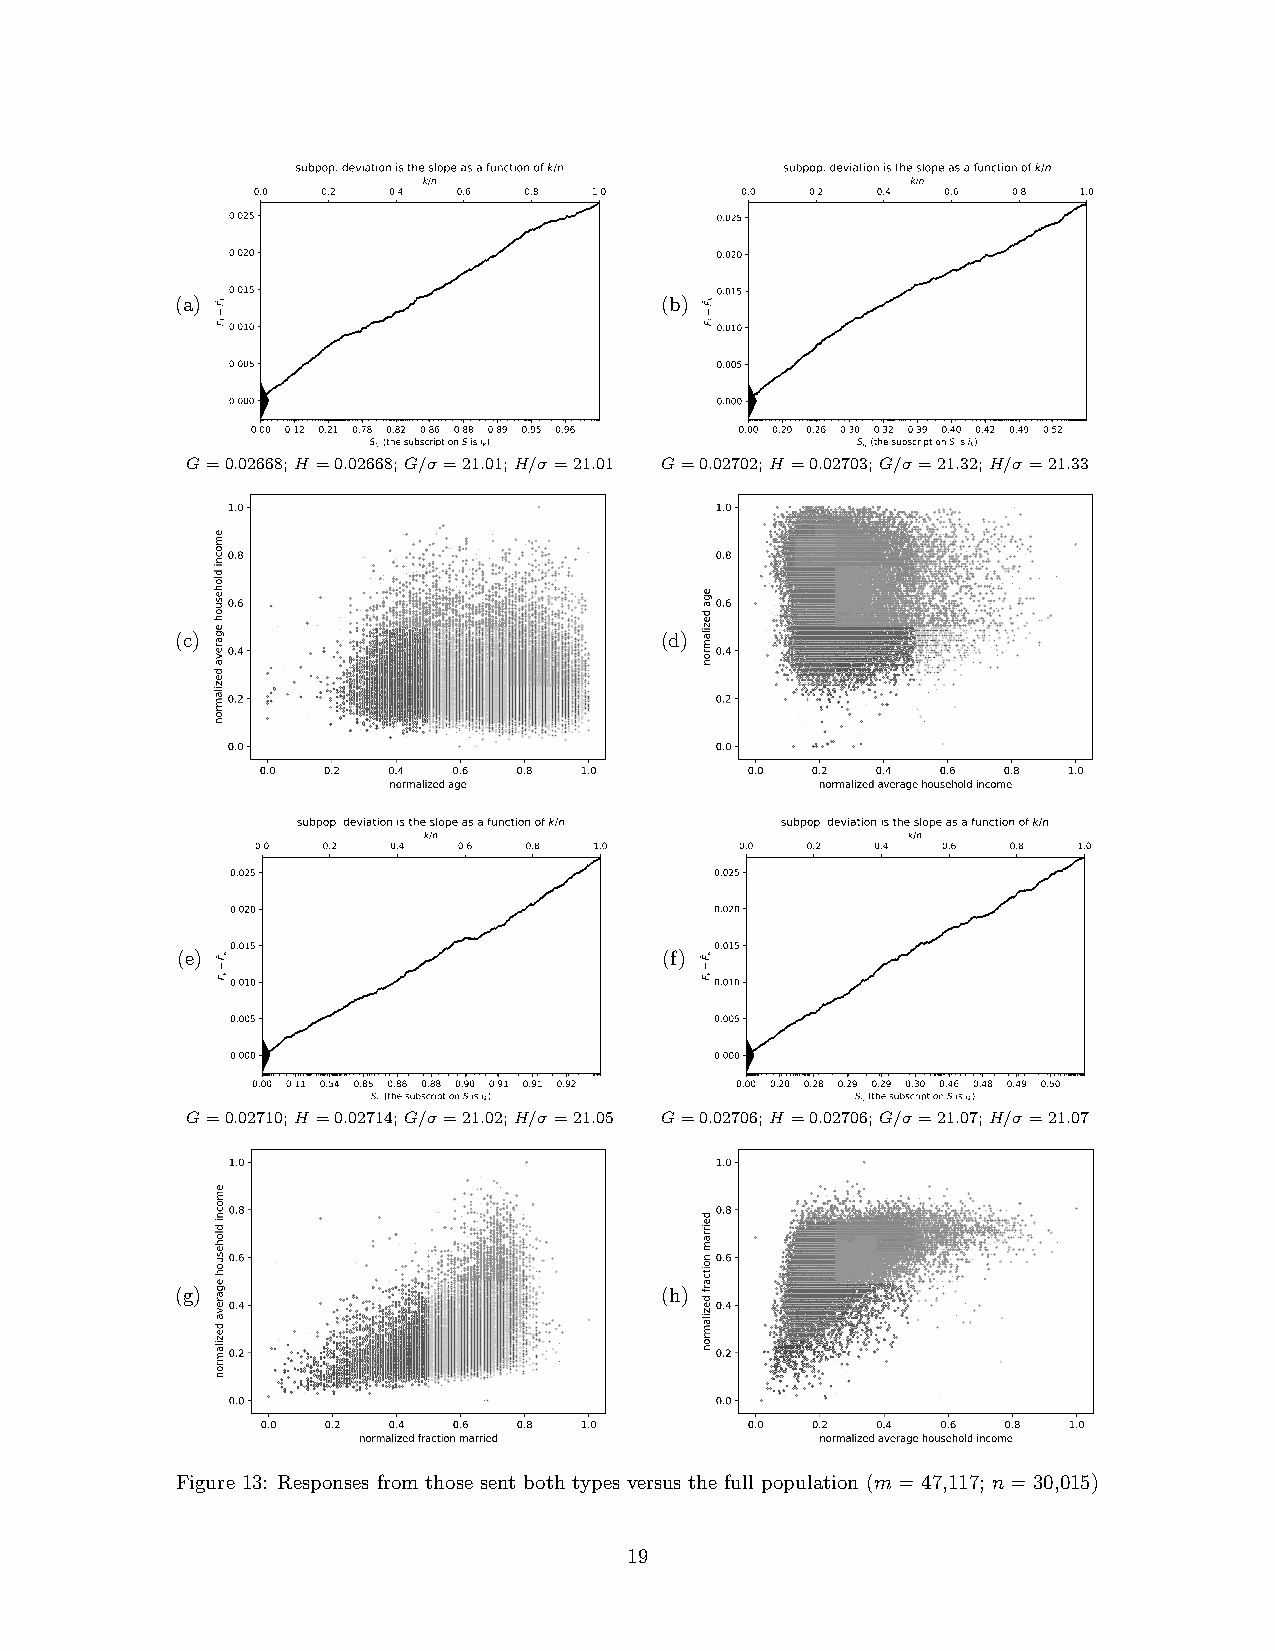
subpop. deviation is the slope as a function of k/n subpop. deviation is the slope as a function of k/n
 k/n                             k/n
 0.0 0.2  0.4 0.6  0.8 1.0       0.0  0.2 0.4  0.6 0.8 1.0
 0.025                           0.025
 0.020                           0.020
 (a) 0.015                       (b) 0.015
 0.010                           0.010
 0.005                           0.005
 0.000                           0.000
 0.00 0.12 0.21 0.78 0.82 0.86 0.88 0.89 0.95 0.96 0.00 0.20 0.26 0.30 0.32 0.39 0.40 0.42 0.49 0.52
 Sik (the subscript on S is ik)   Sik (the subscript on S is ik)
 G=0.02668;H =0.02668;G/σ =21.01;H/σ =21.01 G=0.02702;H =0.02703;G/σ =21.32;H/σ =21.33
 (c)                             (d)
 subpop. deviation is the slope as a function of k/n subpop. deviation is the slope as a function of k/n
 k/n                             k/n
 0.0 0.2  0.4 0.6  0.8 1.0       0.0 0.2  0.4 0.6  0.8 1.0
 0.025                           0.025
 0.020                           0.020
 (e) 0.015                       (f) 0.015
 0.010                           0.010
 0.005                           0.005
 0.000                           0.000
 0.00 0.11 0.54 0.85 0.88 0.88 0.90 0.91 0.91 0.92 0.00 0.20 0.28 0.29 0.29 0.30 0.46 0.48 0.49 0.50
 Sik (the subscript on S is ik)  Sik (the subscript on S is ik)
 G=0.02710;H =0.02714;G/σ =21.02;H/σ =21.05 G=0.02706;H =0.02706;G/σ =21.07;H/σ =21.07
 (g)                             (h)
 Figure 13: Responses from those sent both types versus the full population (m= 47,117; n= 30,015)
 19
 kF
 kF
 kF
 kF
 kF
 kF
 kF
 kF